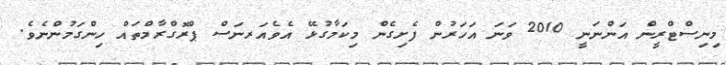
މިނިސްޓްރީން އަންނަނީ 2010 ވަނަ އަހަރުން ފެށިގެން މިކަމާގުޅޭ އެވެއަރނަސް ޕްރޮގްރާމްތައް ހިންގަމުންނެވެ.